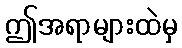
ဤအရာများထဲမှ